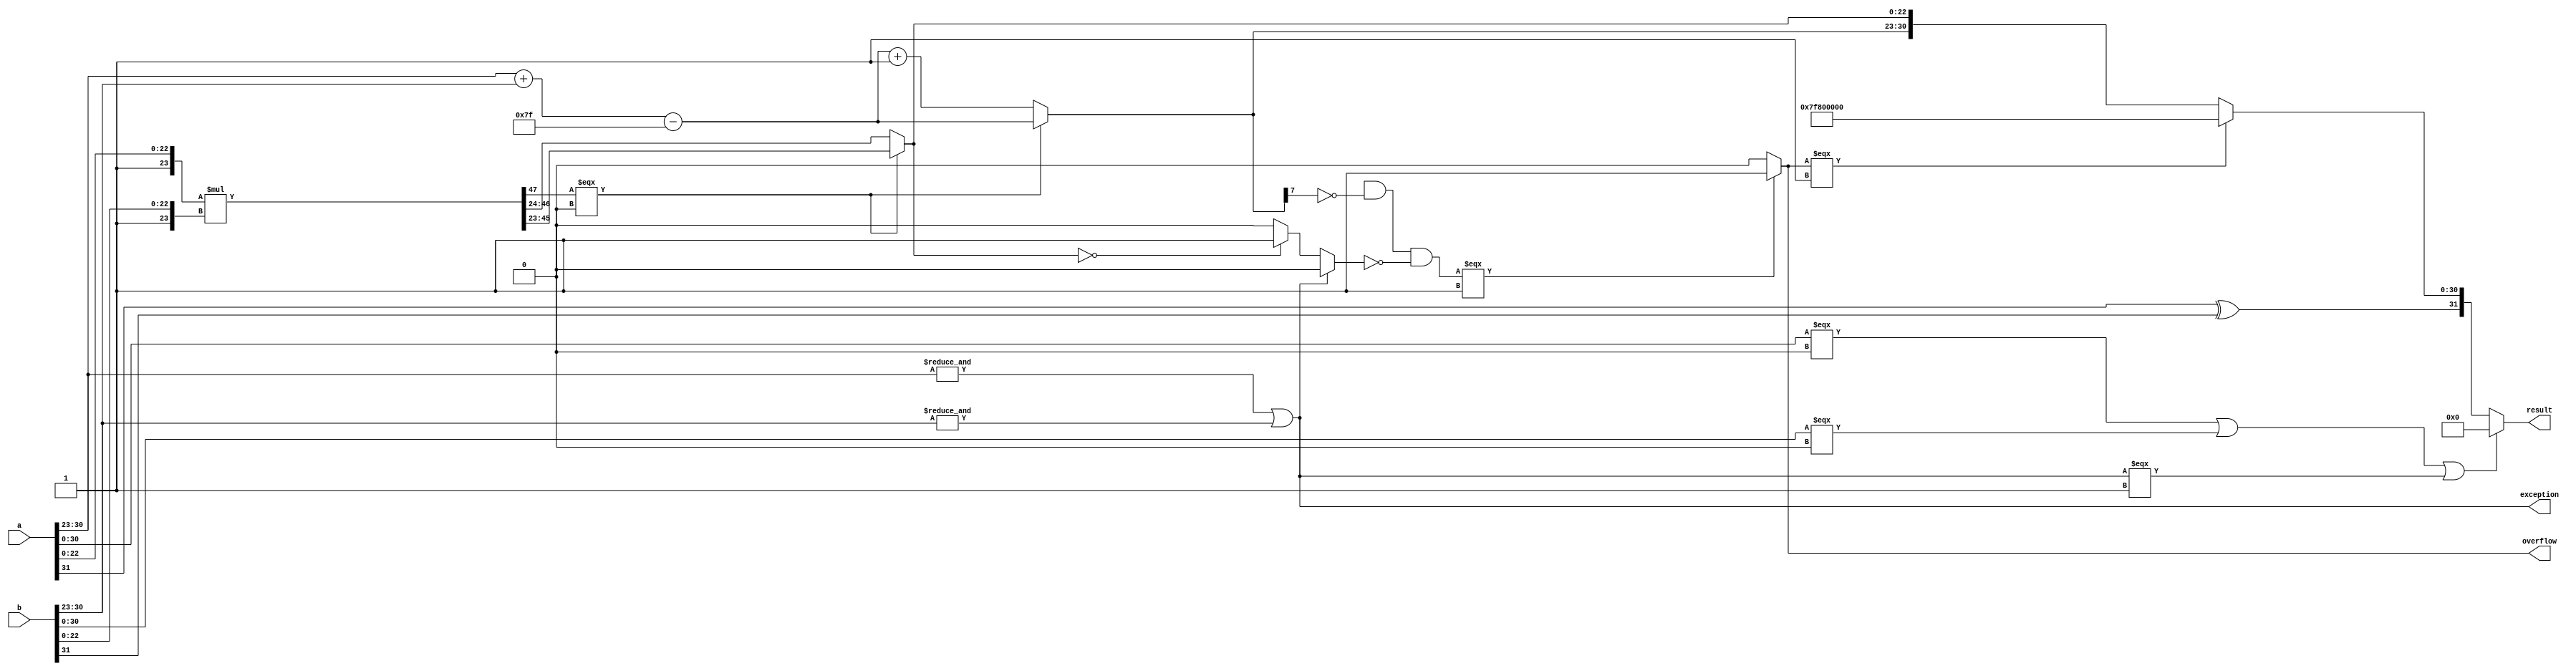
module floatingMultiplier (input [31:0] a, input [31:0] b, output [31:0] result, output exception, output overflow);
wire [47:0] tempMantissa;
wire [7:0] tempExponent, resultExponent;
wire [22:0] resultMantissa;
wire isZero, sign;
assign sign = a[31]^b[31];
assign overflow = ((resultExponent[8] && !resultExponent[7]) && !isZero) === 1'b1 ? 1'b1 : 1'b0;
assign exception = (&a[30:23]) || (&b[30:23]); // exception is 1 whenever any exponent is 255
assign tempMantissa = {1'b1,a[22:0]} * {1'b1,b[22:0]}; // we need to ignore most left 2 bits to remove unwanted 2 bits that resulted from prepending one to each mantissa
assign tempExponent = a[30:23]+b[30:23]-127; // we added 127 2 times, so remove one of them
assign resultMantissa = tempMantissa[47] === 1'b0 ? tempMantissa[45:23] : tempMantissa[46:24]; // remove unwanted 2 bits that resulted from prepending one to each mantissa, or remove just 1 bit in case last bit is 1
assign resultExponent = tempMantissa[47] === 1'b0 ? tempExponent : tempExponent+1'b1; // increment the exponent if the last bit resulted from adding mantissas is 1
assign isZero = exception ? 1'b0 : (resultMantissa == 23'd0) ? 1'b1 : 1'b0;
assign result = ((a[30:0] === 1'b0) || (b[30:0] === 1'b0) ||  (exception === 1'b1)) ? 32'd0 : (overflow === 1'b1 ? {sign, 8'b11111111, 23'd0} : {sign, resultExponent, resultMantissa});
endmodule